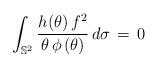
LaTeX: \begin{align*}\int_{\mathbb{S}^{2}} \frac{h(\theta)\,f^{2}}{\theta\,\phi\left(\theta\right)}\,d\sigma\,=\,0\end{align*}